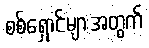
စစ်ရှောင်များအတွက်